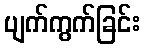
ပျက်ကွက်ခြင်း